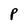
Character: P